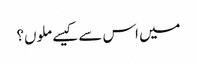
میں اس سے کیسے ملوں؟